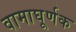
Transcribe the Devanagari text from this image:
वामाघूर्णक